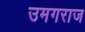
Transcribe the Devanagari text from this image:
उमगराज